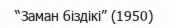
“Заман біздікі” (1950)